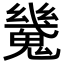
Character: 𩴆